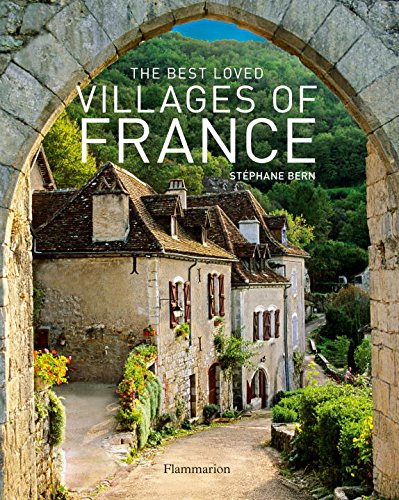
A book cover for The Best Loved Villages of France; Stephane Bern; Arts & Photography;